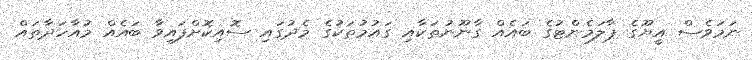
ނަމަވެސް އީޔޫގެ ޕާލަމެންޓުގެ ބައެއް ގާނޫނުތަކާއި ގައުމުތަކުގެ މެދުގައި ސޮއިކޮށްފައިވާ ބައެއް މުއާހަދާތައް